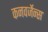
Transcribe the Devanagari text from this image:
कनवर्जेन्स